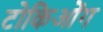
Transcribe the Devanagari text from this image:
टोकिओंग